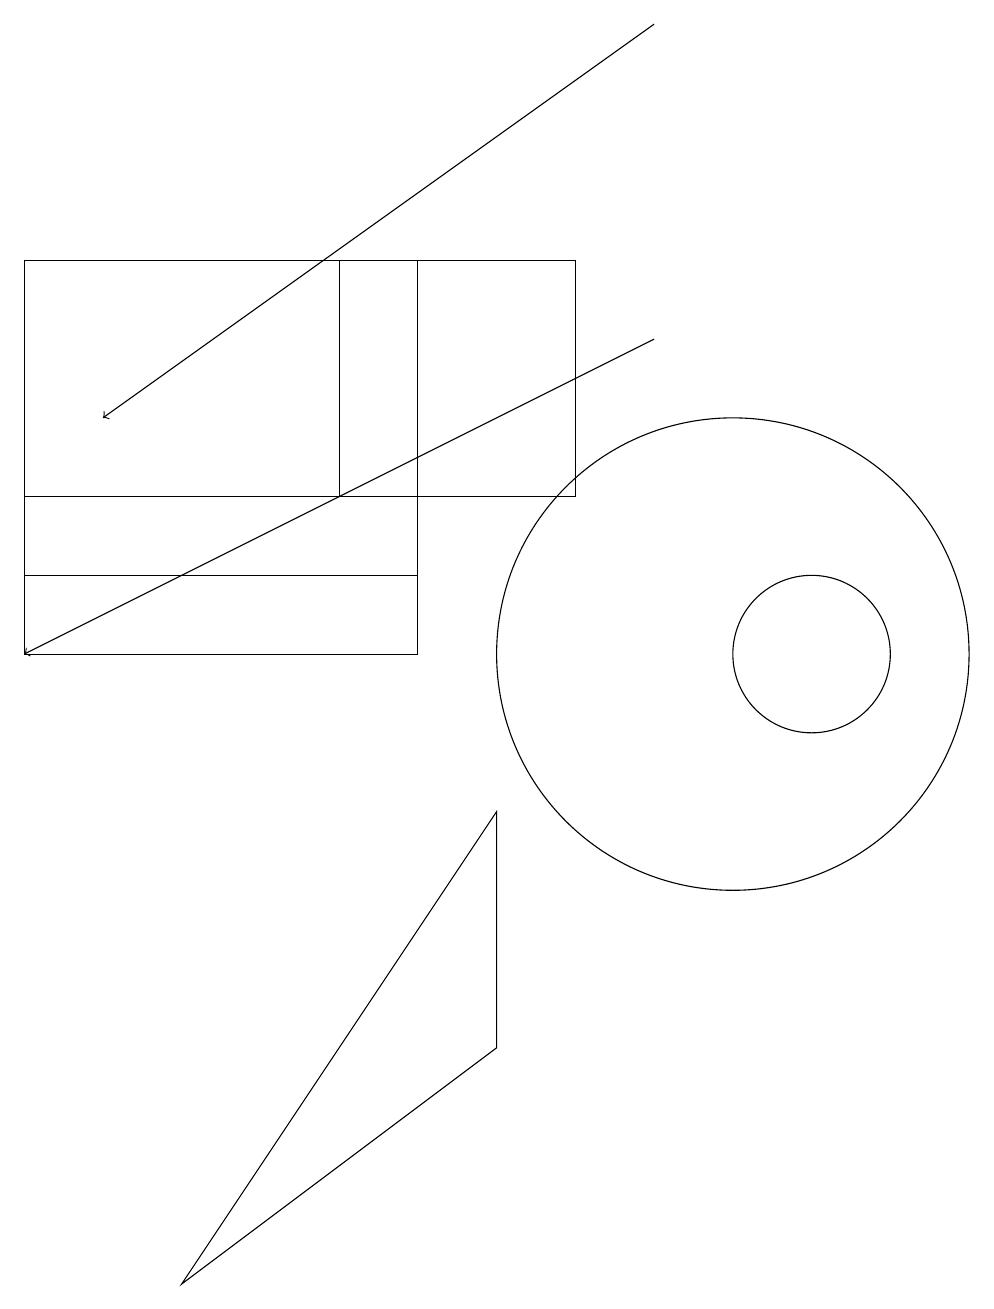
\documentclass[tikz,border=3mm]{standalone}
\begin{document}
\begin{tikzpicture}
\draw[->] (9,19) -- (2,14);
\draw (11,11) circle (1);
\draw (10,11) circle (3);
\draw (8,13) rectangle (5,16);
\draw[->] (9,15) -- (1,11);
\draw (7,6) -- (7,9) -- (3,3) -- cycle;
\draw (6,16) rectangle (1,12);
\draw (6,11) rectangle (1,13);
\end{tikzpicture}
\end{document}